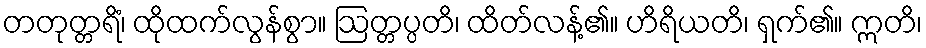
တတုတ္တရိံ၊ ထိုထက်လွန်စွာ။ ဩတ္တပ္ပတိ၊ ထိတ်လန့်၏။ ဟိရိယတိ၊ ရှက်၏။ ဣတိ၊